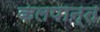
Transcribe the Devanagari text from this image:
कलपान्त